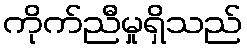
ကိုက်ညီမှုရှိသည်